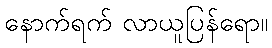
နောက်ရက် လာယူပြန်ရော။